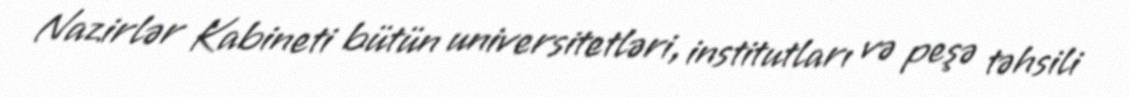
Nazirlər Kabineti bütün universitetləri, institutları və peşə təhsili